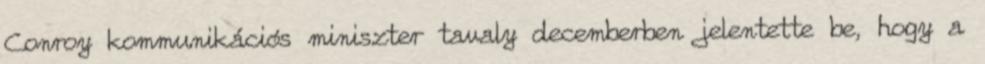
Conroy kommunikációs miniszter tavaly decemberben jelentette be, hogy a